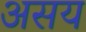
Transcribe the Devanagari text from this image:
असय